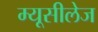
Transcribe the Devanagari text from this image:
म्यूसीलेज